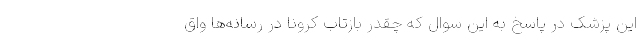
این پزشک در پاسخ به این سوال که چقدر بازتاب کرونا در رسانه‌ها واق